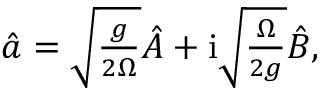
\begin{array} { r } { \hat { a } = \sqrt { \frac { g } { 2 \Omega } } \hat { A } + \mathrm { i } \sqrt { \frac { \Omega } { 2 g } } \hat { B } , } \end{array}